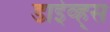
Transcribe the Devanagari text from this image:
डाईव्ह्स